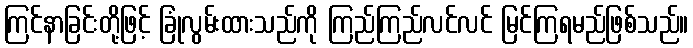
ကြင်နာခြင်းတို့ဖြင့် ခြုံလွမ်းထားသည်ကို ကြည်ကြည်လင်လင် မြင်ကြရမည်ဖြစ်သည်။